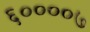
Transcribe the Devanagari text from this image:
६००००७